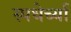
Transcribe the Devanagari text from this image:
स्पधेर्च्या